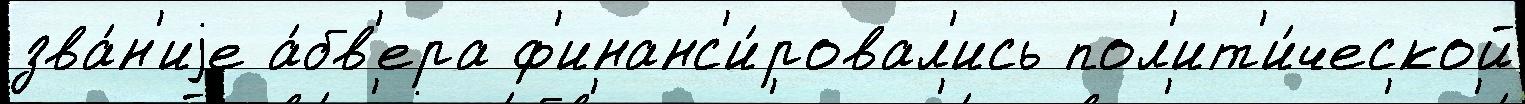
зва́н'иjе а́бв'ера ф'инанс'и́ровал'ись пол'ит'и́ческой